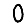
Digit: 0